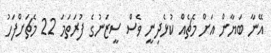
އޭނާ ބަޔާން އަށް މެޗެއް ކުޅެދިނީ ވެސް ސީޒަނުގެ ފުރަތަމަ 22 މެޗަށްފަހު